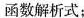
函数解析式；